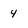
Character: 4